65_HS1-834228961_62-HQ-83894_Section_7
Agency: FBI
Page 127
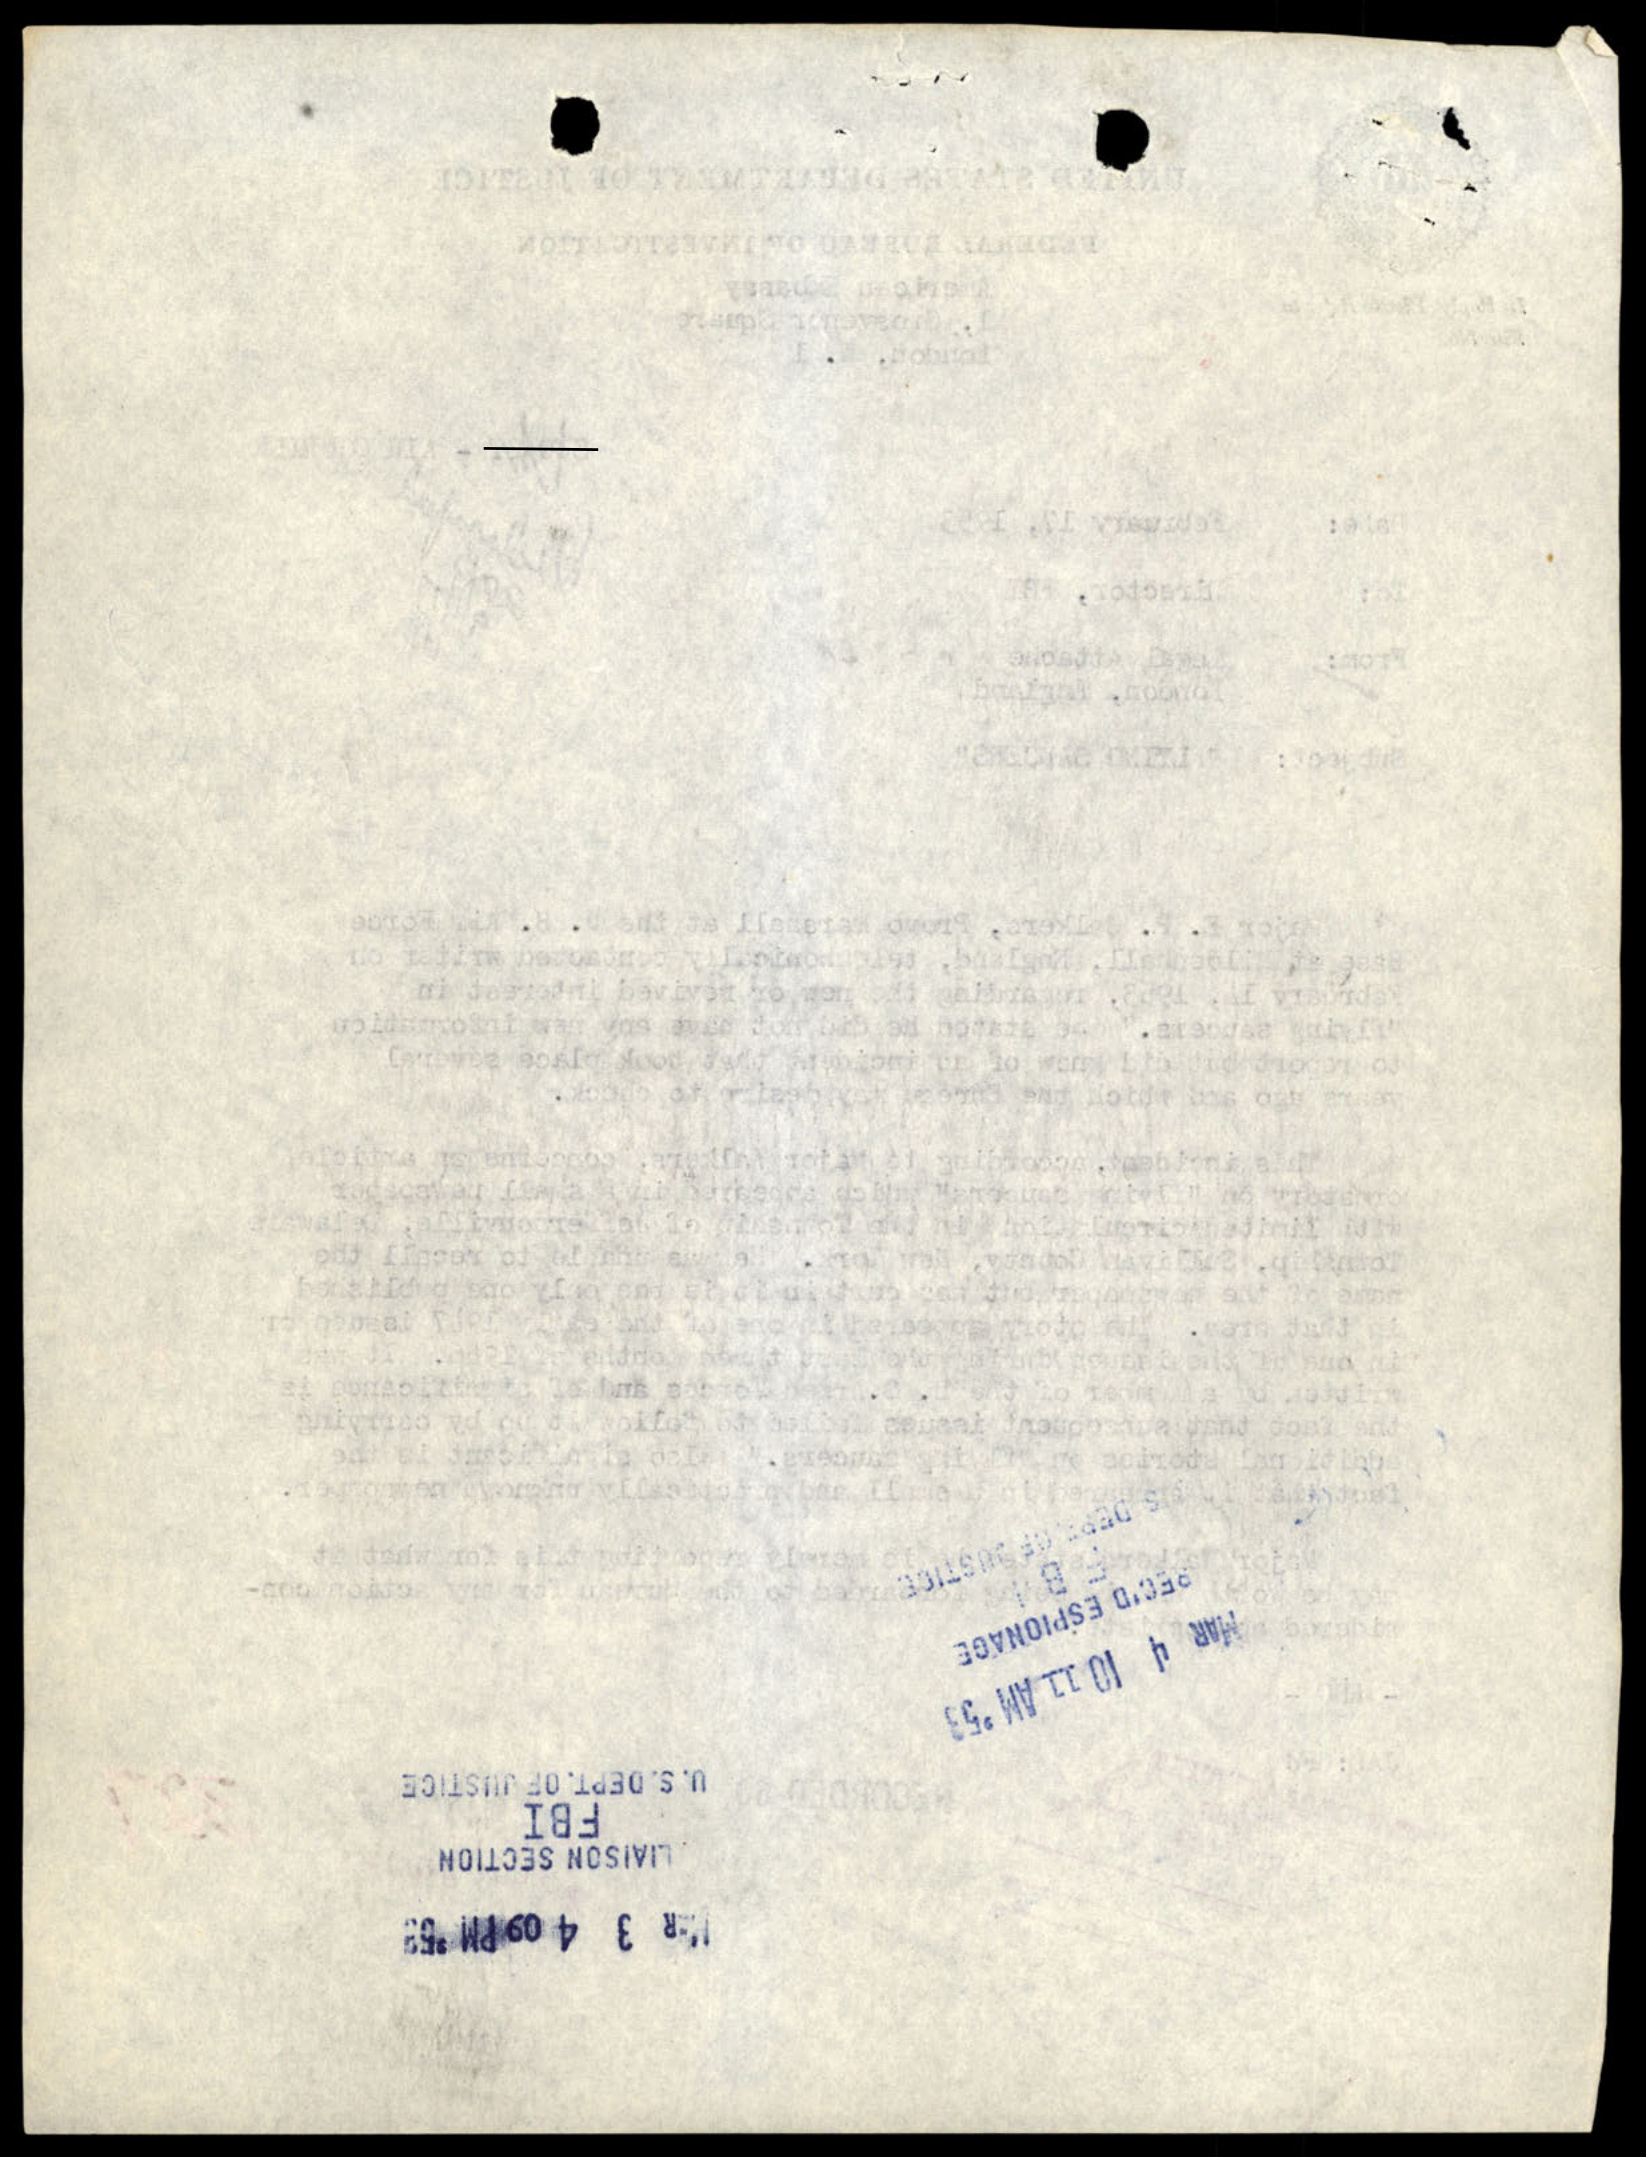